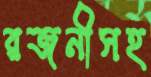
রজনীসহ